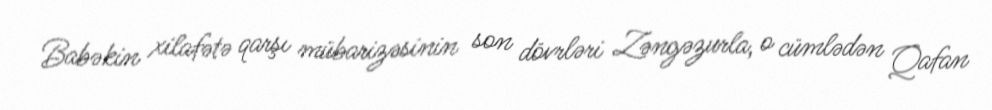
Babəkin xilafətə qarşı mübarizəsinin son dövrləri Zəngəzurla, o cümlədən Qafan